Leaving Certificate Examination, 1910
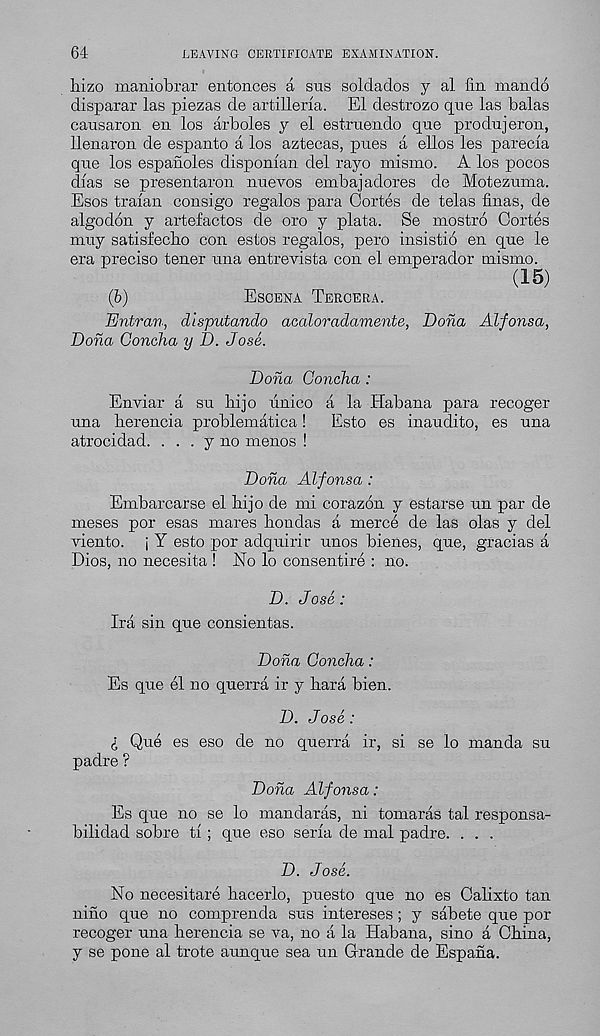
64
LEAVING CERTIFICATE EXAMINATION.
hizo maniobrar entonces a sus soldados y al fin mando
disparar las piezas de artilleria. El destrozo qne las balas
causaron en los arboles y el estruendo que produjeron,
llenaron de espanto a los aztecas, pues a ellos les parecla
que los espanoles dispoman del rayo mismo. A los pocos
dlas se presentaron nuevos embajadores de Mofcezuma.
Esos tralan consigo regalos para Cortes de telas finas, de
algodon y artefactos de oro y plata. Se mostro Cortes
muy satisfeclio con estos regalos, pero insistio en que le
era preciso tener una entrevista con el emperador mismo.
(15)
(b)
Escena Teroera.
Entran, disputando acaloradamente, Dona Alfonsa,
Dona Concha y D. Jose.
Doha Concha :
Enviar a su hi jo finico a la Habana para recoger
una herencia problematica!
Esto es inaudito, es una
atrocidad. ... y no menos !
Doha Alfonsa :
Embarcarse el hi jo de mi corazon y estarse un par de
meses por esas mares hondas a merce de las olas y del
viento. j Y esto por adquirir unos bienes, que, gracias a
Dios, no necesita ! No lo consentire : no.
D. Jose :
Ira sin que consientas.
Doha Concha:
Es que el no querra ir y hara bien.
D. Jose:
l Que es eso de no querra ir, si se lo manda su
padre ?
Doha Alfonsa:
Es que no se lo mandaras, ni tomaras tal responsa-
bilidad sobre ti ; que eso seria de mal padre. . . .
D. Jose.
No necesitare hacerlo, puesto que no es Calixto tan
nino que no comprenda sus intereses ; y sabete que por
recoger una herencia se va, no a la Habana, sino a China,
y se pone al trote aunque sea un Grande de Espaha.